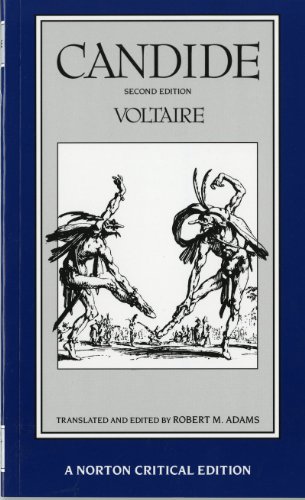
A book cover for Candide (A Norton Critical Edition); Voltaire; Literature & Fiction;